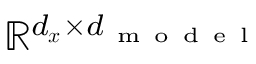
\mathbb { R } ^ { d _ { \boldsymbol { x } } \times d _ { \mathrm { ~ m ~ o ~ d ~ e ~ l ~ } } }